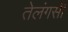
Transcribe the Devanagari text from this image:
तेलंगसी